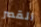
القصر